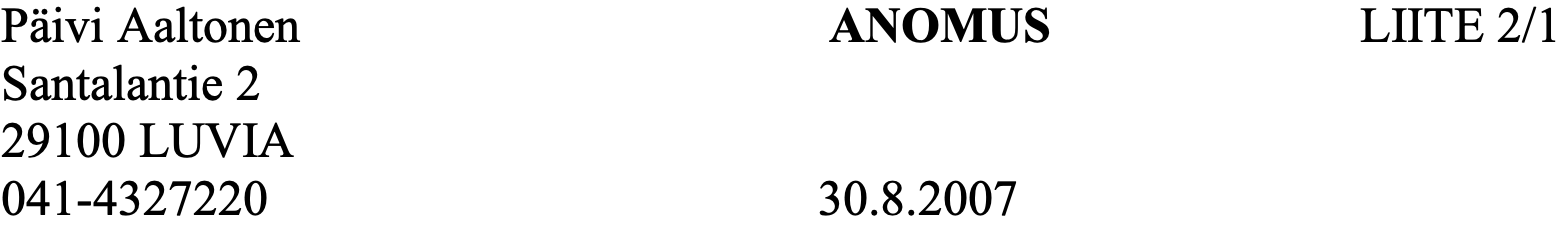
Päivi Aaltonen             ANOMUS            LIITE 2/1 Santalantie 2 29100 LUVIA 041-4327220                30.8.2007